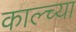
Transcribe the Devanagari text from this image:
काल्च्या